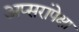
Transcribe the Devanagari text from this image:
अप्सरांपेक्षा